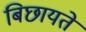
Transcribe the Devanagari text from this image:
बिछायते